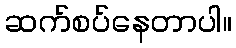
ဆက်စပ်နေတာပါ။